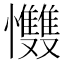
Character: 𢥵